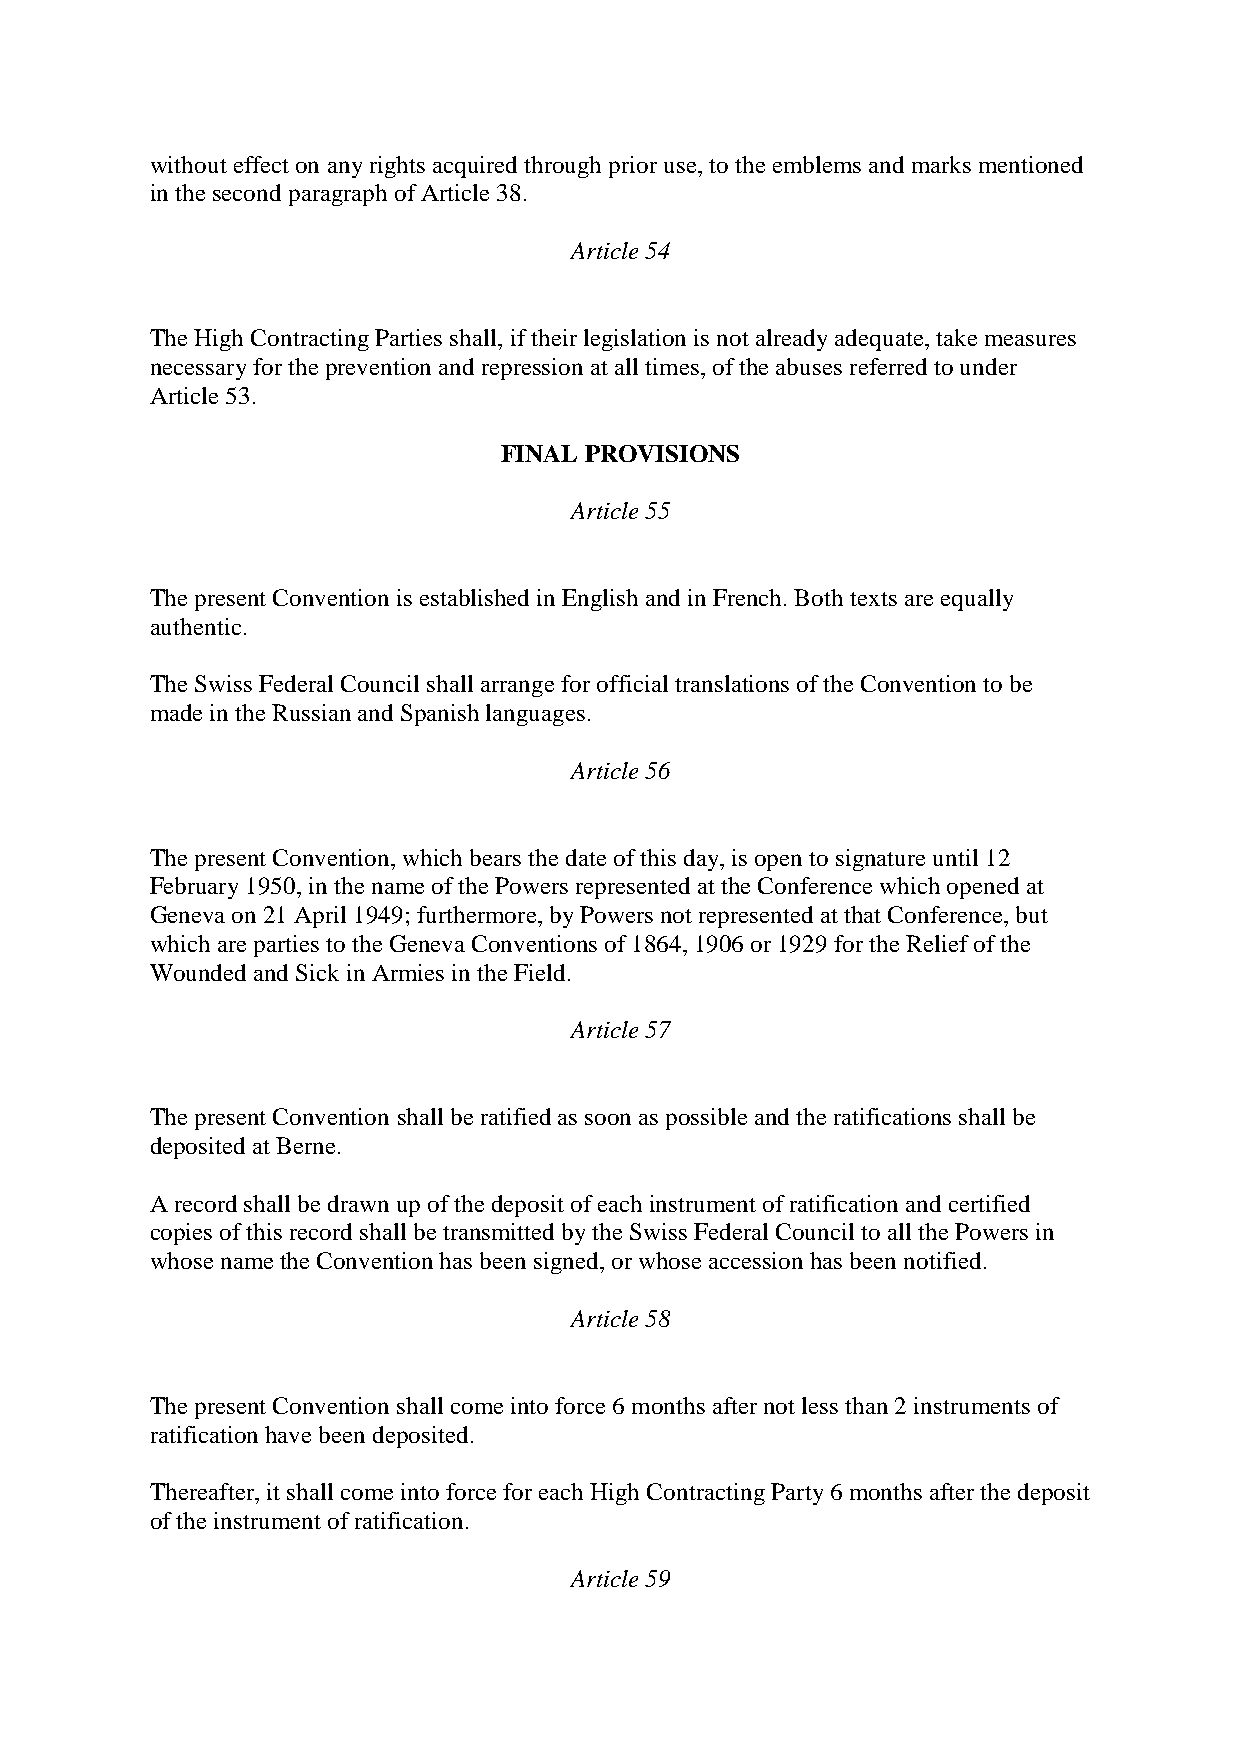
without effect on any rights acquired through prior use, to the emblems and marks mentioned
 in the second paragraph of Article 38.
 Article 54
 The High Contracting Parties shall, if their legislation is not already adequate, take measures
 necessary for the prevention and repression at all times, of the abuses referred to under
 Article 53.
 FINAL PROVISIONS
 Article 55
 The present Convention is established in English and in French. Both texts are equally
 authentic.
 The Swiss Federal Council shall arrange for official translations of the Convention to be
 made in the Russian and Spanish languages.
 Article 56
 The present Convention, which bears the date of this day, is open to signature until 12
 February 1950, in the name of the Powers represented at the Conference which opened at
 Geneva on 21 April 1949; furthermore, by Powers not represented at that Conference, but
 which are parties to the Geneva Conventions of 1864, 1906 or 1929 for the Relief of the
 Wounded and Sick in Armies in the Field.
 Article 57
 The present Convention shall be ratified as soon as possible and the ratifications shall be
 deposited at Berne.
 A record shall be drawn up of the deposit of each instrument of ratification and certified
 copies of this record shall be transmitted by the Swiss Federal Council to all the Powers in
 whose name the Convention has been signed, or whose accession has been notified.
 Article 58
 The present Convention shall come into force 6 months after not less than 2 instruments of
 ratification have been deposited.
 Thereafter, it shall come into force for each High Contracting Party 6 months after the deposit
 of the instrument of ratification.
 Article 59